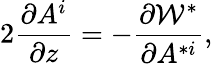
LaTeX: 2\frac{\partial A^{i}}{\partial z}=-\frac{\partial{\cal W}^{*}}{\partial A^{*i}},